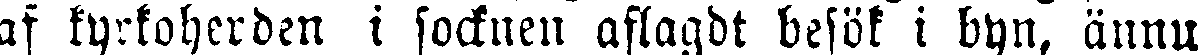
af kyrkoherden i socknen aflagdt besök i byn, ännu